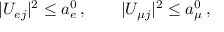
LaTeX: | U _ { { e } j } | ^ { 2 } \leq a _ { e } ^ { 0 } \, , \qquad | U _ { { \mu } j } | ^ { 2 } \leq a _ { \mu } ^ { 0 } \, ,